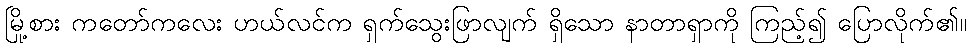
မြို့စား ကတော်ကလေး ဟယ်လင်က ရှက်သွေးဖြာလျက် ရှိသော နာတာရှာကို ကြည့်၍ ပြောလိုက်၏။